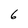
Character: 6